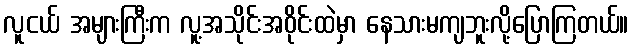
လူငယ် အများကြီးက လူ့အသိုင်းအဝိုင်းထဲမှာ နေသားမကျဘူးလို့ပြောကြတယ်။